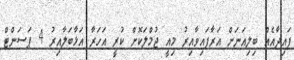
ފައިދާއެއް ބިލިއަނަށް އަރާފައިވާއިރު މިއީ ޖުމްލަކޮށް ކުރީ އަހަރާ އަޅާބަލާއިރު 4 ޕަސަންޓް